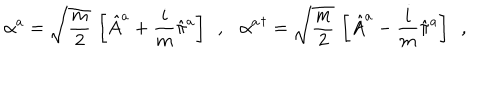
\alpha ^ { a } = \sqrt { \frac { m } { 2 } } \, \left[ \hat { A } ^ { a } + \frac { i } { m } \hat { \pi } ^ { a } \right] \ \ , \ \ \ { \alpha ^ { a } } ^ { \dagger } = \sqrt { \frac { m } { 2 } } \, \left[ \hat { A } ^ { a } - \frac { i } { m } \hat { \pi } ^ { a } \right] \ \ ,